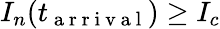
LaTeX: I_{n}(t_{\mathrm{~a~r~r~i~v~a~l~}})\geq I_{c}